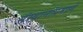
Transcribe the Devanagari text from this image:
संस्थानांप्रमाणे